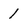
Character: 1